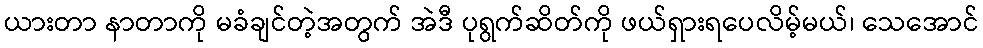
ယားတာ နာတာကို မခံချင်တဲ့အတွက် အဲဒီ ပုရွက်ဆိတ်ကို ဖယ်ရှားရပေလိမ့်မယ်၊ သေအောင်